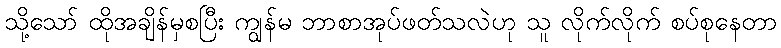
သို့သော် ထိုအချိန်မှစပြီး ကျွန်မ ဘာစာအုပ်ဖတ်သလဲဟု သူ လိုက်လိုက် စပ်စုနေတာ